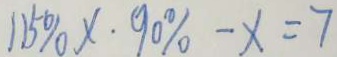
1 1 5 \% x \cdot 9 0 \% - x = 7